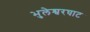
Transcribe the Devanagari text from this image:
भुलेश्वरघाट